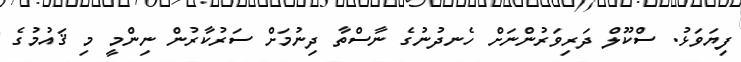
ފިޔަވަޅު. ސްކޫލް ދަރިވަރުންނަށް ހެނދުނުގެ ނާސްތާ ދިނުމަށް ސަރުކާރުން ނިންމީ މި ޤައުމުގެ